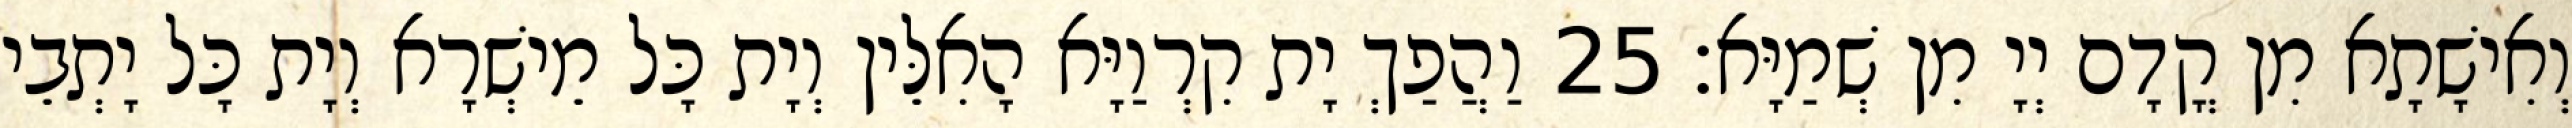
וְאִישָׁתָא מִן קֳדָם יְיָ מִן שְׁמַיָּא׃ 25 וַהֲפַךְ יָת קִרְוַיָּא הָאִלֵּין וְיָת כָּל מֵישְׁרָא וְיָת כָּל יָתְבֵי